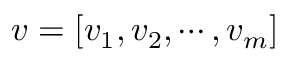
v = [ v _ { 1 } , v _ { 2 } , \cdots , v _ { m } ]